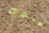
عملات